Report on vaccination proceedings throughout the Government of Bengal -
Year: 1868
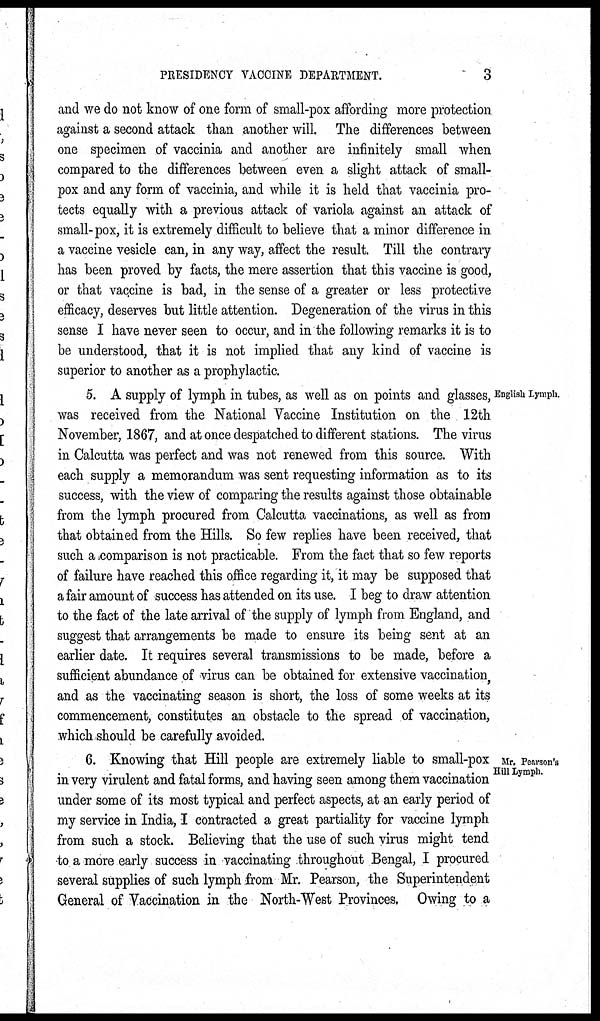
PRESIDENCY VACCINE DEPARTMENT.
3
and we do not know of one form of small-pox affording more protection
against a second attack than another will. The differences between
one specimen of vaccinia and another are infinitely small when
compared to the differences between even a slight attack of small-
pox and any form of vaccinia, and while it is held that vaccinia pro-
tects equally with a previous attack of variola against an attack of
small-pox, it is extremely difficult to believe that a minor difference in
a vaccine vesicle can, in any way, affect the result. Till the contrary
has been proved by facts, the mere assertion that this vaccine is good,
or that vaccine is bad, in the sense of a greater or less protective
efficacy, deserves but little attention. Degeneration of the virus in this
sense I have never seen to occur, and in the following remarks it is to
be understood, that it is not implied that any kind of vaccine is
superior to another as a prophylactic.
English Lymph.
5. A supply of lymph in tubes, as well as on points and glasses,
was received from the National Vaccine Institution on the 12th
November, 1867, and at once despatched to different stations. The virus
in Calcutta was perfect and was not renewed from this source. With
each supply a memorandum was sent requesting information as to its
success, with the view of comparing the results against those obtainable
from the lymph procured from Calcutta vaccinations, as well as from
that obtained from the Hills. So few replies have been received, that
such a comparison is not practicable. From the fact that so few reports
of failure have reached this office regarding it, it may be supposed that
a fair amount of success has attended on its use. I beg to draw attention
to the fact of the late arrival of the supply of lymph from England, and
suggest that arrangements be made to ensure its being sent at an
earlier date. It requires several transmissions to be made, before a
sufficient abundance of virus can be obtained for extensive vaccination,
and as the vaccinating season is short, the loss of some weeks at its
commencement, constitutes an obstacle to the spread of vaccination,
which should be carefully avoided.
Mr. Pearson's
Hill Lymph.
6. Knowing that Hill people are extremely liable to small-pox
in very virulent and fatal forms, and having seen among them vaccination
under some of its most typical and perfect aspects, at an early period of
my service in India, I contracted a great partiality for vaccine lymph
from such a stock. Believing that the use of such virus might tend
to a more early success in vaccinating throughout Bengal, I procured
several supplies of such lymph from Mr. Pearson, the Superintendent
General of Vaccination in the North-West Provinces. Owing to a